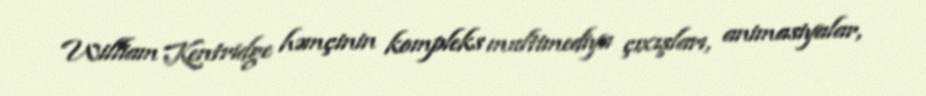
William Kentridge həmçinin kompleks multimediya çıxışları, animasiyalar,